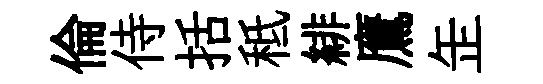
倫侍括秪緋鷹𦈢